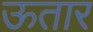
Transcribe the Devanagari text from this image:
ऊतार